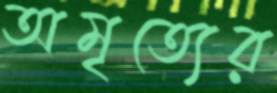
অমৃত্যের